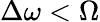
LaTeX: \Delta\omega<\Omega